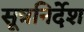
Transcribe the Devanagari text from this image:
सूत्रनिर्देश